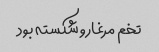
تخم مرغارو شکسته بود